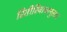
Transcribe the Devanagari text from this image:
रितीरिवाजानुसार